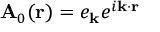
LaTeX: \mathbf { A } _ { 0 } ( \mathbf { r } ) = e _ { \mathbf { k } } e ^ { i \mathbf { k } \cdot \mathbf { r } }